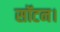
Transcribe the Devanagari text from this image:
सॉटन।